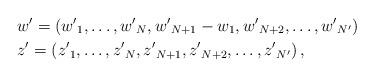
LaTeX: \begin{align*}&w'=\left({w'}_{1},\dots,{w'}_{N}, {w'}_{N+1}-w_{1},{w'}_{N+2},\dots, {w'}_{N'}\right) \\&{z'}=\left( {z'}_{1},\dots,{z'}_{N}, {z'}_{N+1} ,{z'}_{N+2},\dots, {z'}_{N'}\right) , \end{align*}